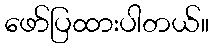
ဖော်ပြထားပါတယ်။